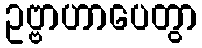
ဥဗ္ဗာဟာပေတွာ